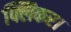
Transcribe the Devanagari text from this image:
फ्लिकर।